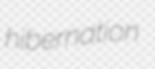
hibernation